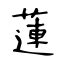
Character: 蓮